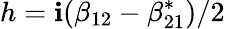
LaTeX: h=\mathbf{i}(\beta_{12}-\beta_{21}^{*})/2